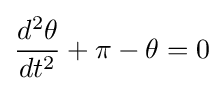
{\frac {d^{2}\theta }{dt^{2}}}+\pi -\theta =0